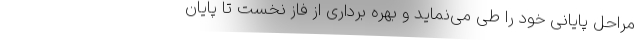
مراحل پایانی خود را طی می‌نماید و بهره برداری از فاز نخست تا پایان